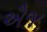
ઐજ